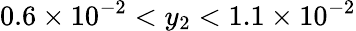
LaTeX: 0.6\times 10^{-2}<y_{2}<1.1\times 10^{-2}